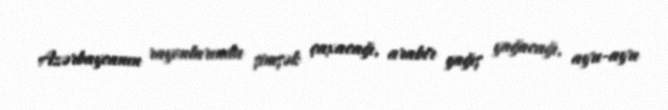
Azərbaycanın rayonlarında şimşək çaxacağı, arabir yağış yağacağı, ayrı-ayrı